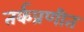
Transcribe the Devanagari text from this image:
तर्कप्रणीत